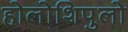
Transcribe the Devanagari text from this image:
होलोशिपुलो